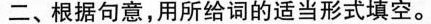
二、根据句意,用所给词的适当形式填空。